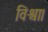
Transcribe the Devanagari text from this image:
विश्वा।